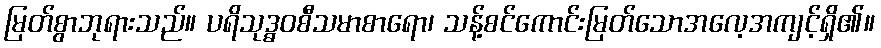
မြတ်စွာဘုရားသည်။ ပရိသုဒ္ဓဝစီသမာစာရော၊ သန့်စင်ကောင်းမြတ်သောအလေ့အကျင့်ရှိ၏။